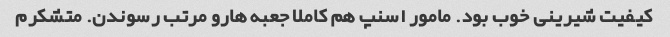
کیفیت شیرینی خوب بود. مامور اسنپ هم کاملا جعبه هارو مرتب رسوندن. متشکرم